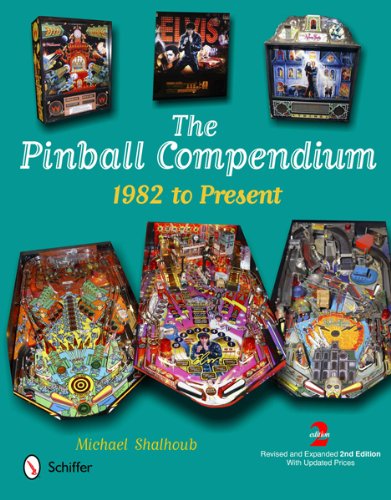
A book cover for The Pinball Compendium: 1982 to Present; Michael Shalhoub; Humor & Entertainment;